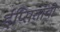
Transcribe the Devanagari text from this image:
ईप्सितांची